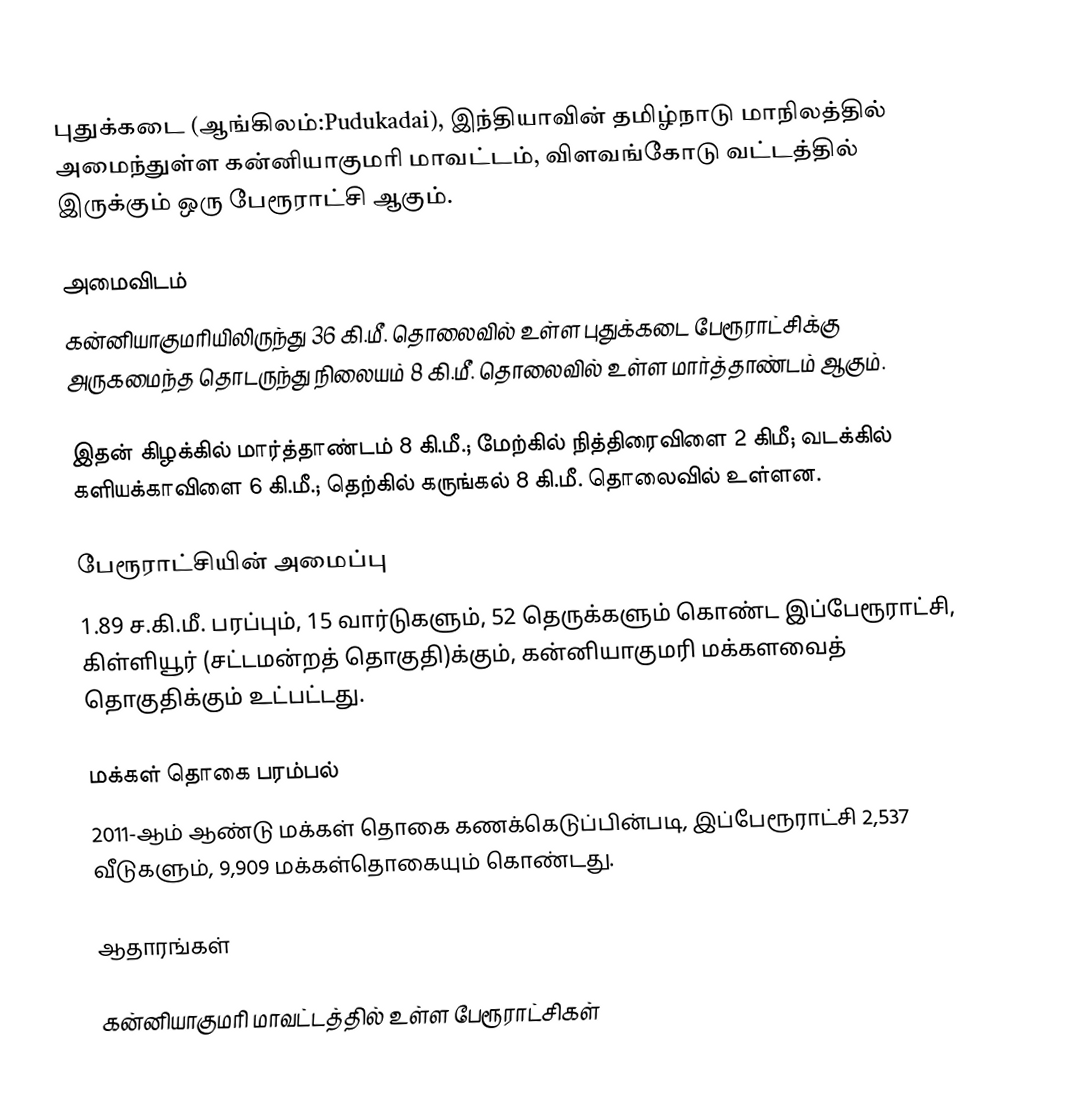
புதுக்கடை (ஆங்கிலம்:Pudukadai), இந்தியாவின் தமிழ்நாடு மாநிலத்தில் அமைந்துள்ள கன்னியாகுமரி மாவட்டம், விளவங்கோடு வட்டத்தில் இருக்கும் ஒரு பேரூராட்சி ஆகும்.

அமைவிடம்
கன்னியாகுமரியிலிருந்து 36 கி.மீ. தொலைவில் உள்ள புதுக்கடை  பேரூராட்சிக்கு அருகமைந்த தொடருந்து நிலையம் 8 கி.மீ. தொலைவில் உள்ள மார்த்தாண்டம் ஆகும்.

இதன் கிழக்கில் மார்த்தாண்டம் 8 கி.மீ.; மேற்கில் நித்திரைவிளை 2 கிமீ; வடக்கில் களியக்காவிளை 6 கி.மீ.; தெற்கில் கருங்கல் 8 கி.மீ. தொலைவில் உள்ளன.

பேரூராட்சியின் அமைப்பு
1.89 ச.கி.மீ. பரப்பும், 15 வார்டுகளும், 52 தெருக்களும் கொண்ட இப்பேரூராட்சி, கிள்ளியூர் (சட்டமன்றத் தொகுதி)க்கும், கன்னியாகுமரி மக்களவைத் தொகுதிக்கும் உட்பட்டது.

மக்கள் தொகை பரம்பல்
2011-ஆம் ஆண்டு மக்கள் தொகை கணக்கெடுப்பின்படி,  இப்பேரூராட்சி 2,537 வீடுகளும், 9,909 மக்கள்தொகையும் கொண்டது.

ஆதாரங்கள்

கன்னியாகுமரி மாவட்டத்தில் உள்ள பேரூராட்சிகள்